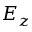
E _ { z }